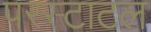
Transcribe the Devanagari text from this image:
परस्टाटल